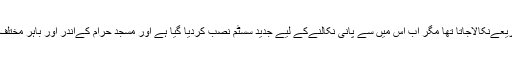
سنہ1953ءتک تمام کنوؤں سےپانی ڈول کےذریعےنکالاجاتا تھا مگر اب اس میں سے پانی نکالنےکے لیے جدید سسٹم نصب کردیا گیا ہے اور مسجد ِحرام کےاندر اور باہر مختلف مقامات پر آب زمزم کی سبیلیں لگادی گئی ہیں۔